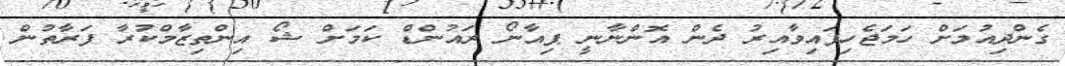
ގެންދިއުމަށް ހަމަޖެހިފައިވާއިރު ދެން އޮންނާނީ ޕިއާނޯ ރައުންޑް ކަމަށް ޝޯ އިންތިޒާމްކުރާ ފަރާތުން